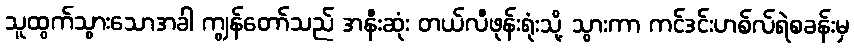
သူထွက်သွားသောအခါ ကျွန်တော်သည် အနီးဆုံး တယ်လီဖုန်းရုံးသို့ သွားကာ ကင်ဒင်းဟစ်လ်ရဲစခန်းမှ